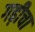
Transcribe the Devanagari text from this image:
गढ़ीचा